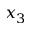
x _ { 3 }